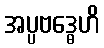
အပ္ပဗဒ္ဓေဟိ